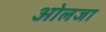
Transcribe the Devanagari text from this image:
ओलजा